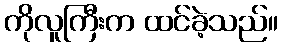
ကိုလူကြီးက ထင်ခဲ့သည်။